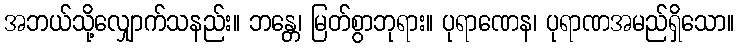
အဘယ်သို့လျှောက်သနည်း။ ဘန္တေ၊ မြတ်စွာဘုရား။ ပုရာဏေန၊ ပုရာဏအမည်ရှိသော။